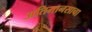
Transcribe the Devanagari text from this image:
अतिमानसाचा